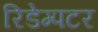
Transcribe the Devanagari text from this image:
रिडेम्पटर